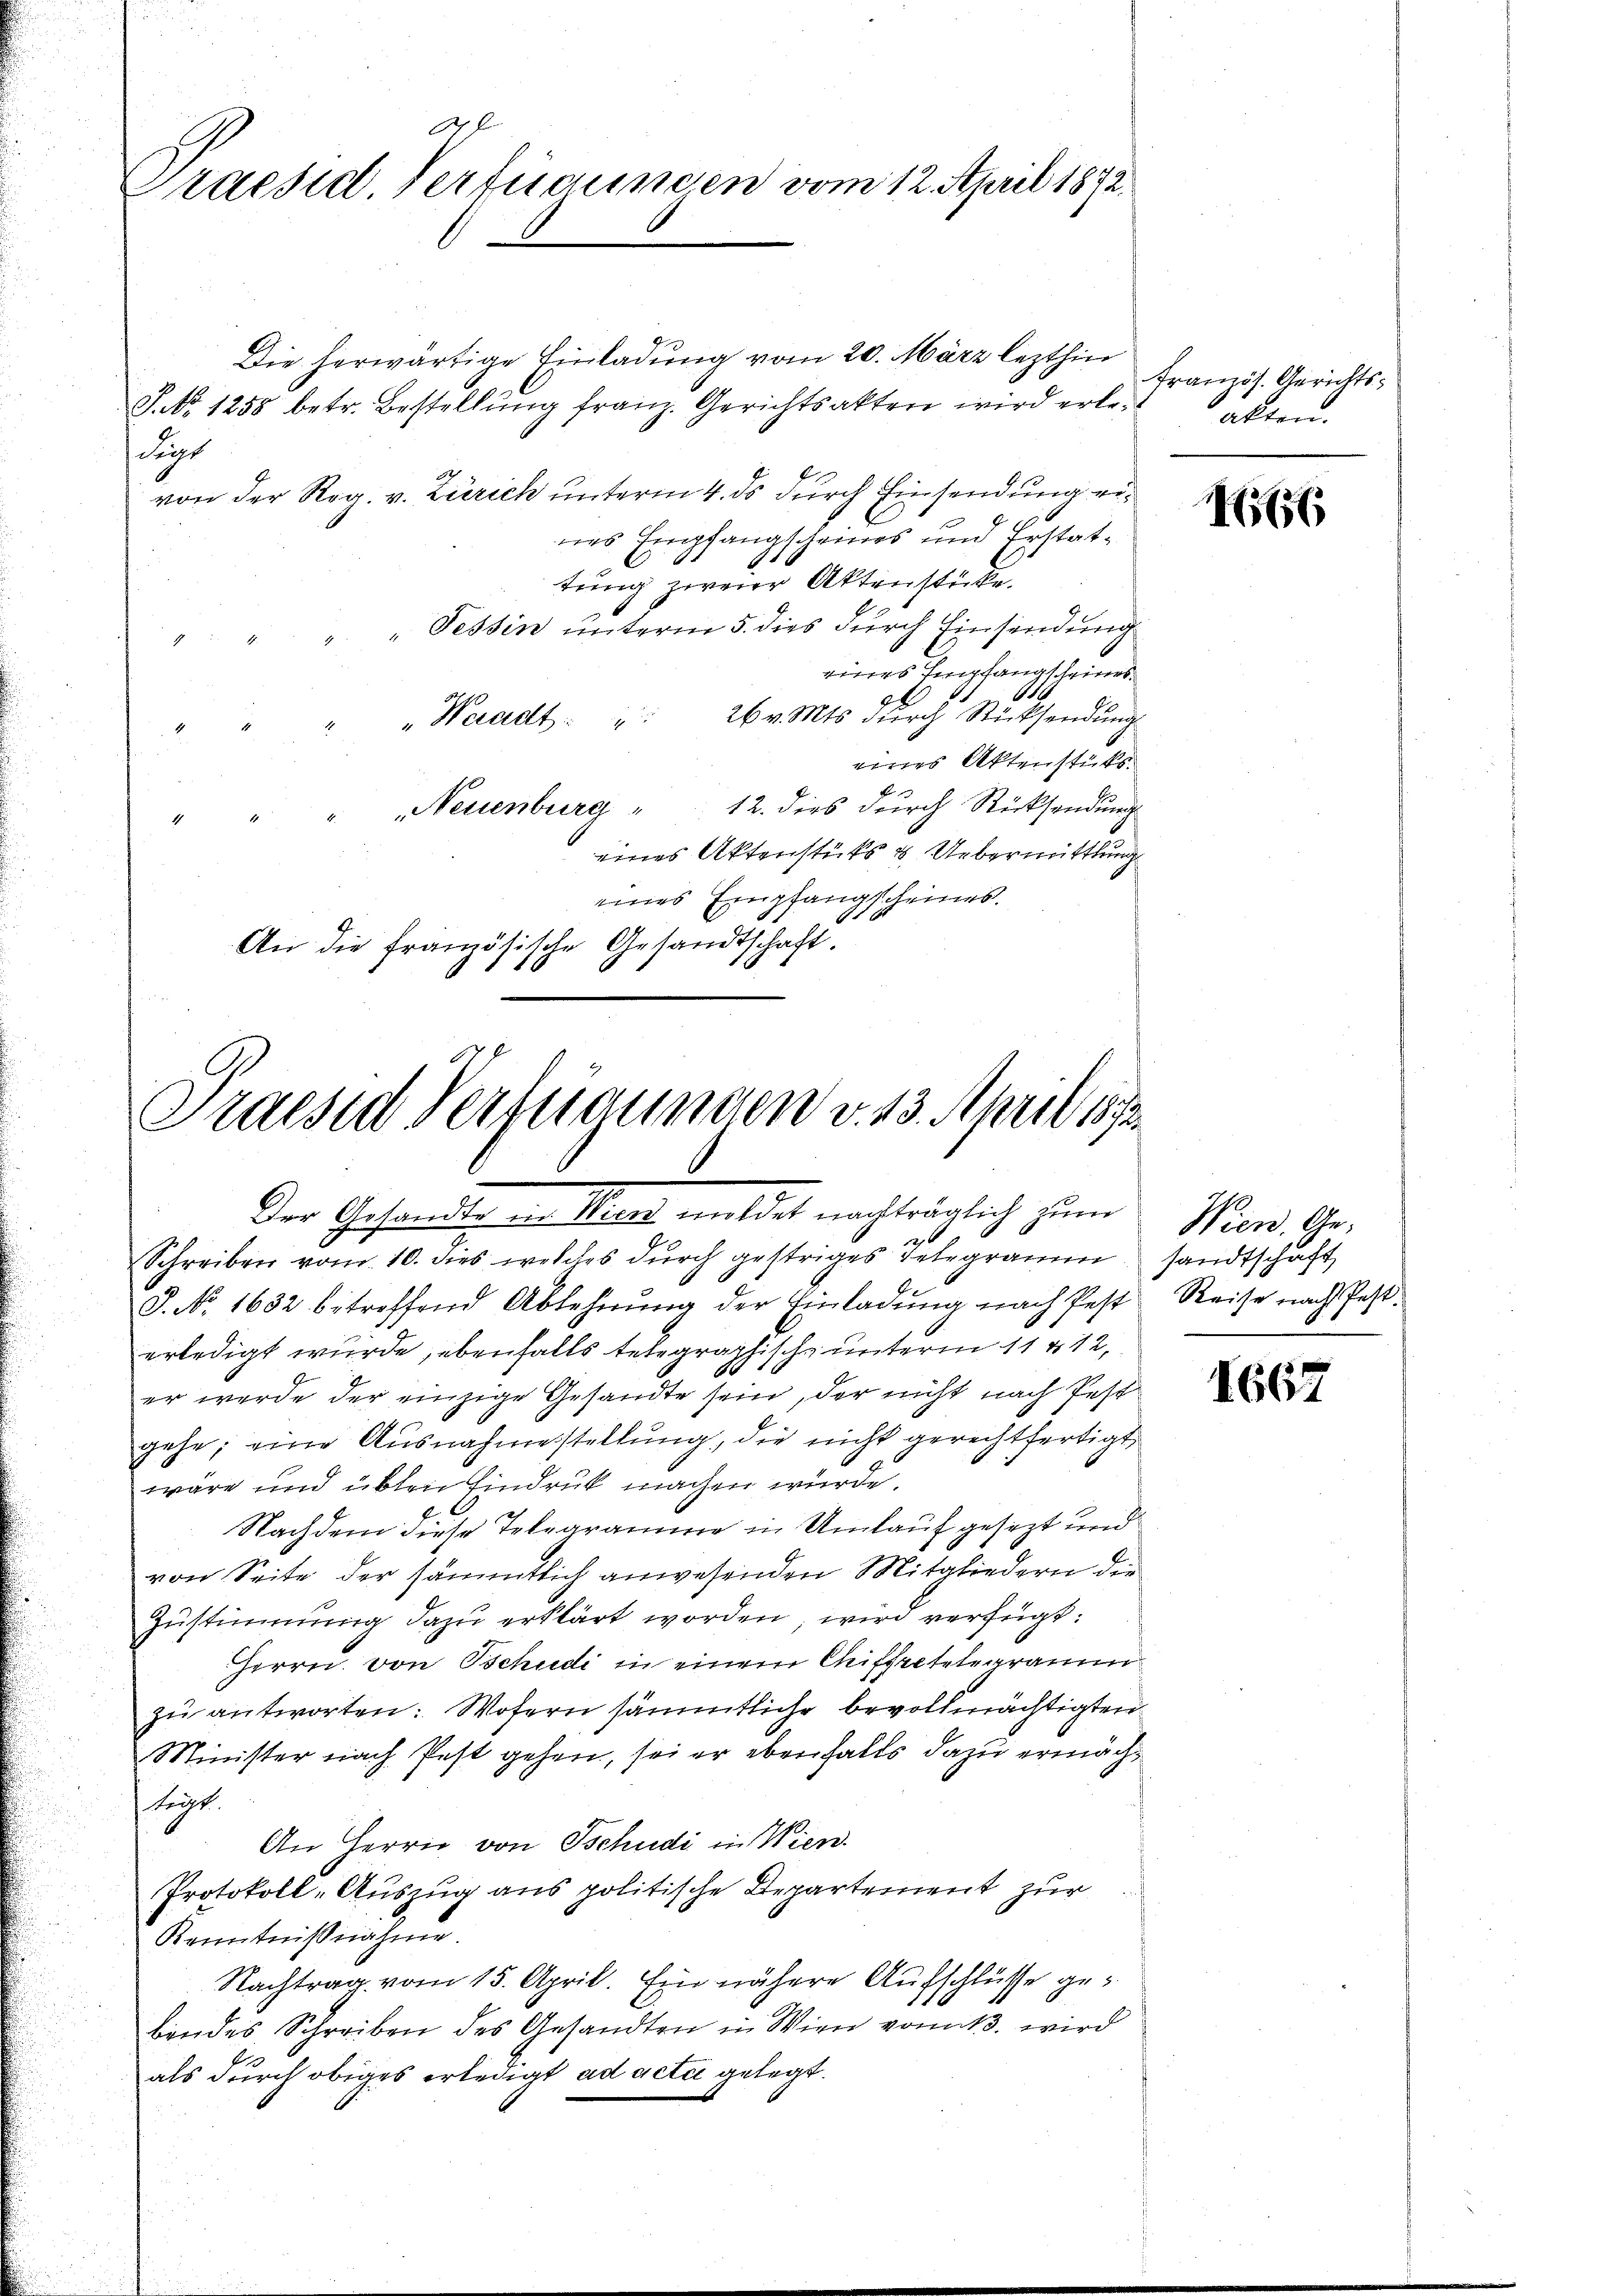
Ah. Er
Praesid. Verfügungen vom 12. April 1872.

Die herwärtige Einladung vom 20. März lezthin
S. No 1258 betr. Bestellung franz. Gerichtsakten wird erle¬
Furt
von der Reg. v. Zürich unterm 4. ds durch Einsendung eines Empfangscheines und Erstat¬
.
tung zweier Aktenstücke.
" "Tessin unterm 5. dies durch Einsendung
f xx
rieres Empfangscheines
Waadt: " " 26 v. Mts. dŭrch Rücksendŭng
eines Aktenstüks
". Neuenburg " 12. dies durch Rücksendung
eines Aktenstüks & Uebermittlung
eines Empfangscheines.
An die französische Gesandtschaft.

Praesen Verfügungen v. 13. April 1872
Der Gesandten in Viert meldet nachträglich zum
26
Schreiben vom 10. dies welches durch gestriges Telegramm sandtschaft
P. No. 1632 betreffend Ablehnŭng der Einladung nach Pest Reise nach Pest

erledigt wurde, ebenfalls telegraphische unterm 11 & 12,
er werde der einzige Gesandte sein, der nicht nach festgehe; eine Ausnahmestellung, die nicht gerechtfertigt,
wäre und üblen Eindruck machen würde.
Nachdem diese Telegramme in Umlauf gesezt und
von Seite der sämmtlich anwesenden Mitgliedern der
Zustimmung dazu erklärt worden wird verfügt:
Herrn von Tschudi in einem Auftretelegramm
zu antworten. Wofern sämmtliche bevollmächtigten
Minister nach Pest gehen, sei er ebenfalls dazu ermächteigt.
An Herrn von Tschudi in Wien.
Protokoll-Auszug aus politische Departement zur
Kenntnißnahme.
Nachtrag vom 15. April. Ein nähere Aufschlüsse gebindes Schreiben des Gesandten in Wien vom 13. wird
als durch obiges erledigt ad acti gelegt.

französ. Gerichtsalten.

1666

1667

Wien. Ge¬